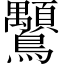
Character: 𲍪